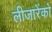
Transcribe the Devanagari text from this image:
लीजारेंको